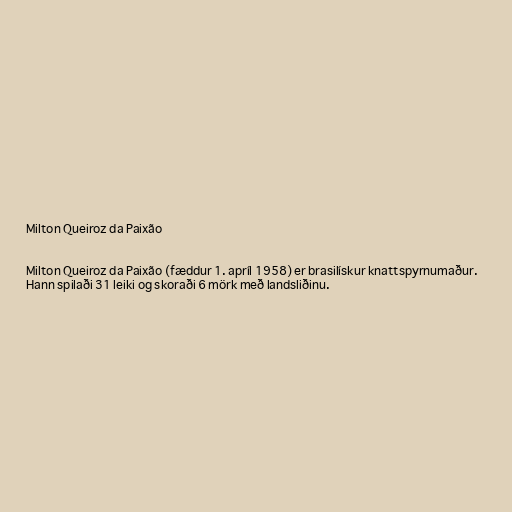
Milton Queiroz da Paixão

Milton Queiroz da Paixão (fæddur 1. apríl 1958) er brasilískur knattspyrnumaður.
Hann spilaði 31 leiki og skoraði 6 mörk með landsliðinu.